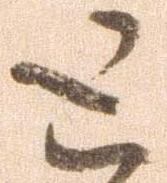
と